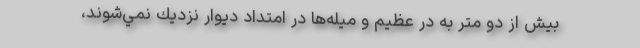
بيش از دو متر به در عظيم و ميله‌ها در امتداد ديوار نزديك نمي‌شوند،